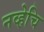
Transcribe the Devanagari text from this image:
नव्हेचि